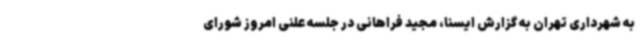
به شهرداری تهران به گزارش ایسنا، مجید فراهانی در جلسه علنی امروز شورای